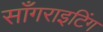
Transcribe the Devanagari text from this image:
साँगराइटिंग